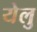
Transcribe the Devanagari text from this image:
येलु